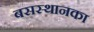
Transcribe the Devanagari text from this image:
बसस्थानका